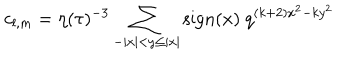
c _ { l , m } = \eta ( \tau ) ^ { - 3 } \sum _ { - | x | < y \leq | x | } \mathrm { s i g n } ( x ) ~ q ^ { ( k + 2 ) x ^ { 2 } - k y ^ { 2 } }